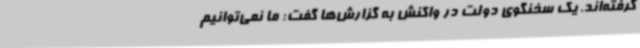
گرفته‌اند. یک سخنگوی دولت در واکنش به گزارش‌ها گفت: ما نمی‌توانیم